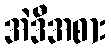
အဲဒီအစား